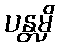
ပန္တမှိ